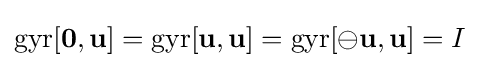
\mathrm {gyr} [\mathbf {0} ,\mathbf {u} ]=\mathrm {gyr} [\mathbf {u} ,\mathbf {u} ]=\mathrm {gyr} [\ominus \mathbf {u} ,\mathbf {u} ]=I